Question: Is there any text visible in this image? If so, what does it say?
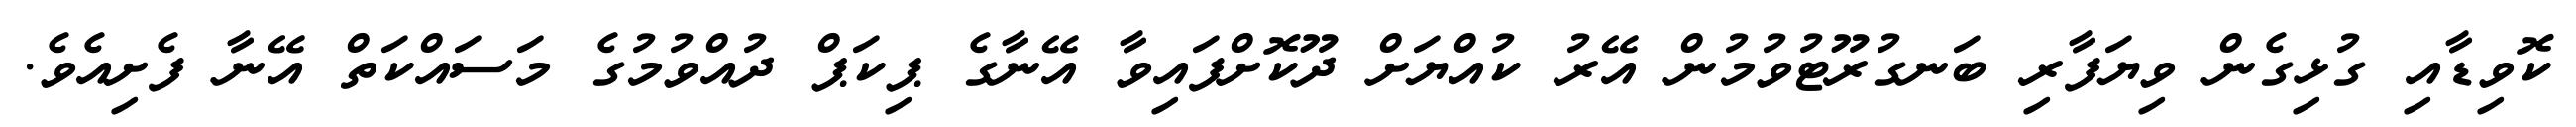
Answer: ކޮވިޑާއި ގުޅިގެން ވިޔަފާރި ބަނގުރޫޓުވުމުން އޭރު ކުއްޔަށް ދޫކޮށްފައިވާ އޭނާގެ ޕިކަޕް ދުއްވުމުގެ މަސައްކަތް އޭނާ ފެށިއެވެ.